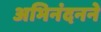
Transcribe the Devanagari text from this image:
अभिनंदनने